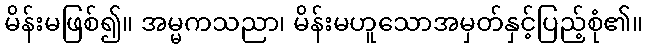
မိန်းမဖြစ်၍။ အမ္မကသညာ၊ မိန်းမဟူသောအမှတ်နှင့်ပြည့်စုံ၏။